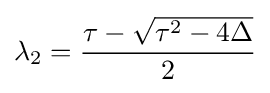
\lambda _{2}={\frac {\tau -{\sqrt {\tau ^{2}-4\Delta }}}{2}}